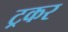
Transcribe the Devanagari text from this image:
ट्रकर